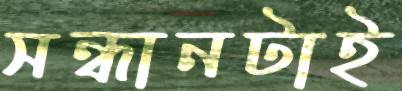
সন্ধানটাই